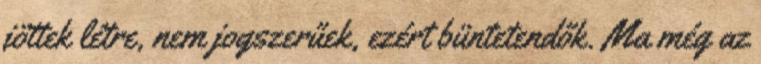
jöttek létre, nem jogszerűek, ezért büntetendők. Ma még az